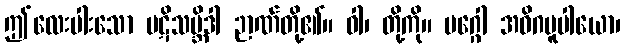
ဤလေးပါးသော ပဋိသမ္ဘိဒါ ဉာဏ်တို့၏။ ဝါ၊ တို့ကို။ မဂ္ဂေါ အဓိဂမူပါယော၊